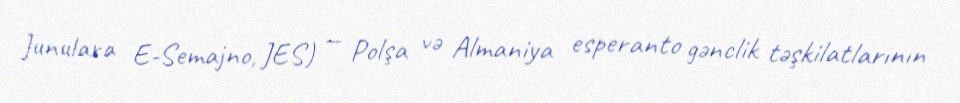
Junulara E-Semajno, JES) — Polşa və Almaniya esperanto gənclik təşkilatlarının